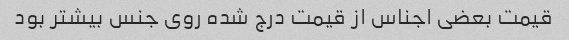
قیمت بعضی اجناس از قیمت درج شده روی جنس بیشتر بود